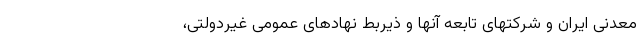
معدنی ایران و شرکتهای تابعه آنها و ذیربط نهادهای عمومی غیردولتی،